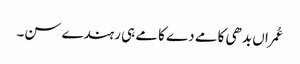
عُمراں بدھی کامے دے کامے ہی رہندے سن۔